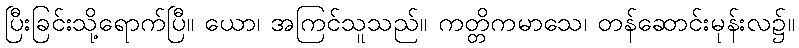
ပြီးခြင်းသို့ရောက်ပြီ။ ယော၊ အကြင်သူသည်။ ကတ္တိကမာသေ၊ တန်ဆောင်းမုန်းလ၌။